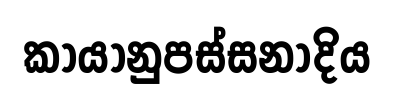
කායානුපස්සනාදිය